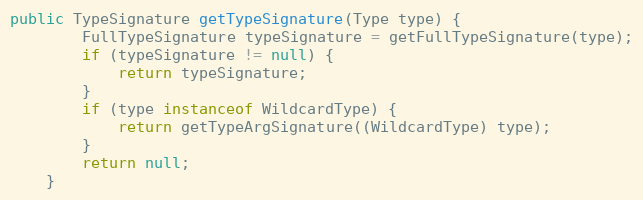
Language: Java
public TypeSignature getTypeSignature(Type type) {
		FullTypeSignature typeSignature = getFullTypeSignature(type);
		if (typeSignature != null) {
			return typeSignature;
		}
		if (type instanceof WildcardType) {
			return getTypeArgSignature((WildcardType) type);
		}
		return null;
	}